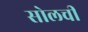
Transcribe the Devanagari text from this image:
सोलची